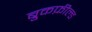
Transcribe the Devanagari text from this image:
ब्रुकफ़ील्ड